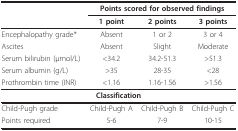
<table><thead><tr><td></td><td colspan="3"><b>Points scored for observed findings</b></td></tr><tr><td></td><td><b>1 point</b></td><td><b>2 points</b></td><td><b>3 points</b></td></tr></thead><tbody><tr><td>Encephalopathy grade*</td><td>Absent</td><td>1 or 2</td><td>3 or 4</td></tr><tr><td>Ascites</td><td>Absent</td><td>Slight</td><td>Moderate</td></tr><tr><td>Serum bilirubin (μmol/L)</td><td>&lt;34.2</td><td>34.2-51.3</td><td>&gt;51.3</td></tr><tr><td>Serum albumin (g/L)</td><td>&gt;35</td><td>28-35</td><td>&lt;28</td></tr><tr><td>Prothrombin time (INR)</td><td>&lt;1.16</td><td>1.16-1.56</td><td>&gt;1.56</td></tr><tr><td colspan="4"><b>Classification</b></td></tr><tr><td>Child-Pugh grade</td><td>Child-Pugh A</td><td>Child-Pugh B</td><td>Child-Pugh C</td></tr><tr><td>Points required</td><td>5-6</td><td>7-9</td><td>10-15</td></tr></tbody></table>